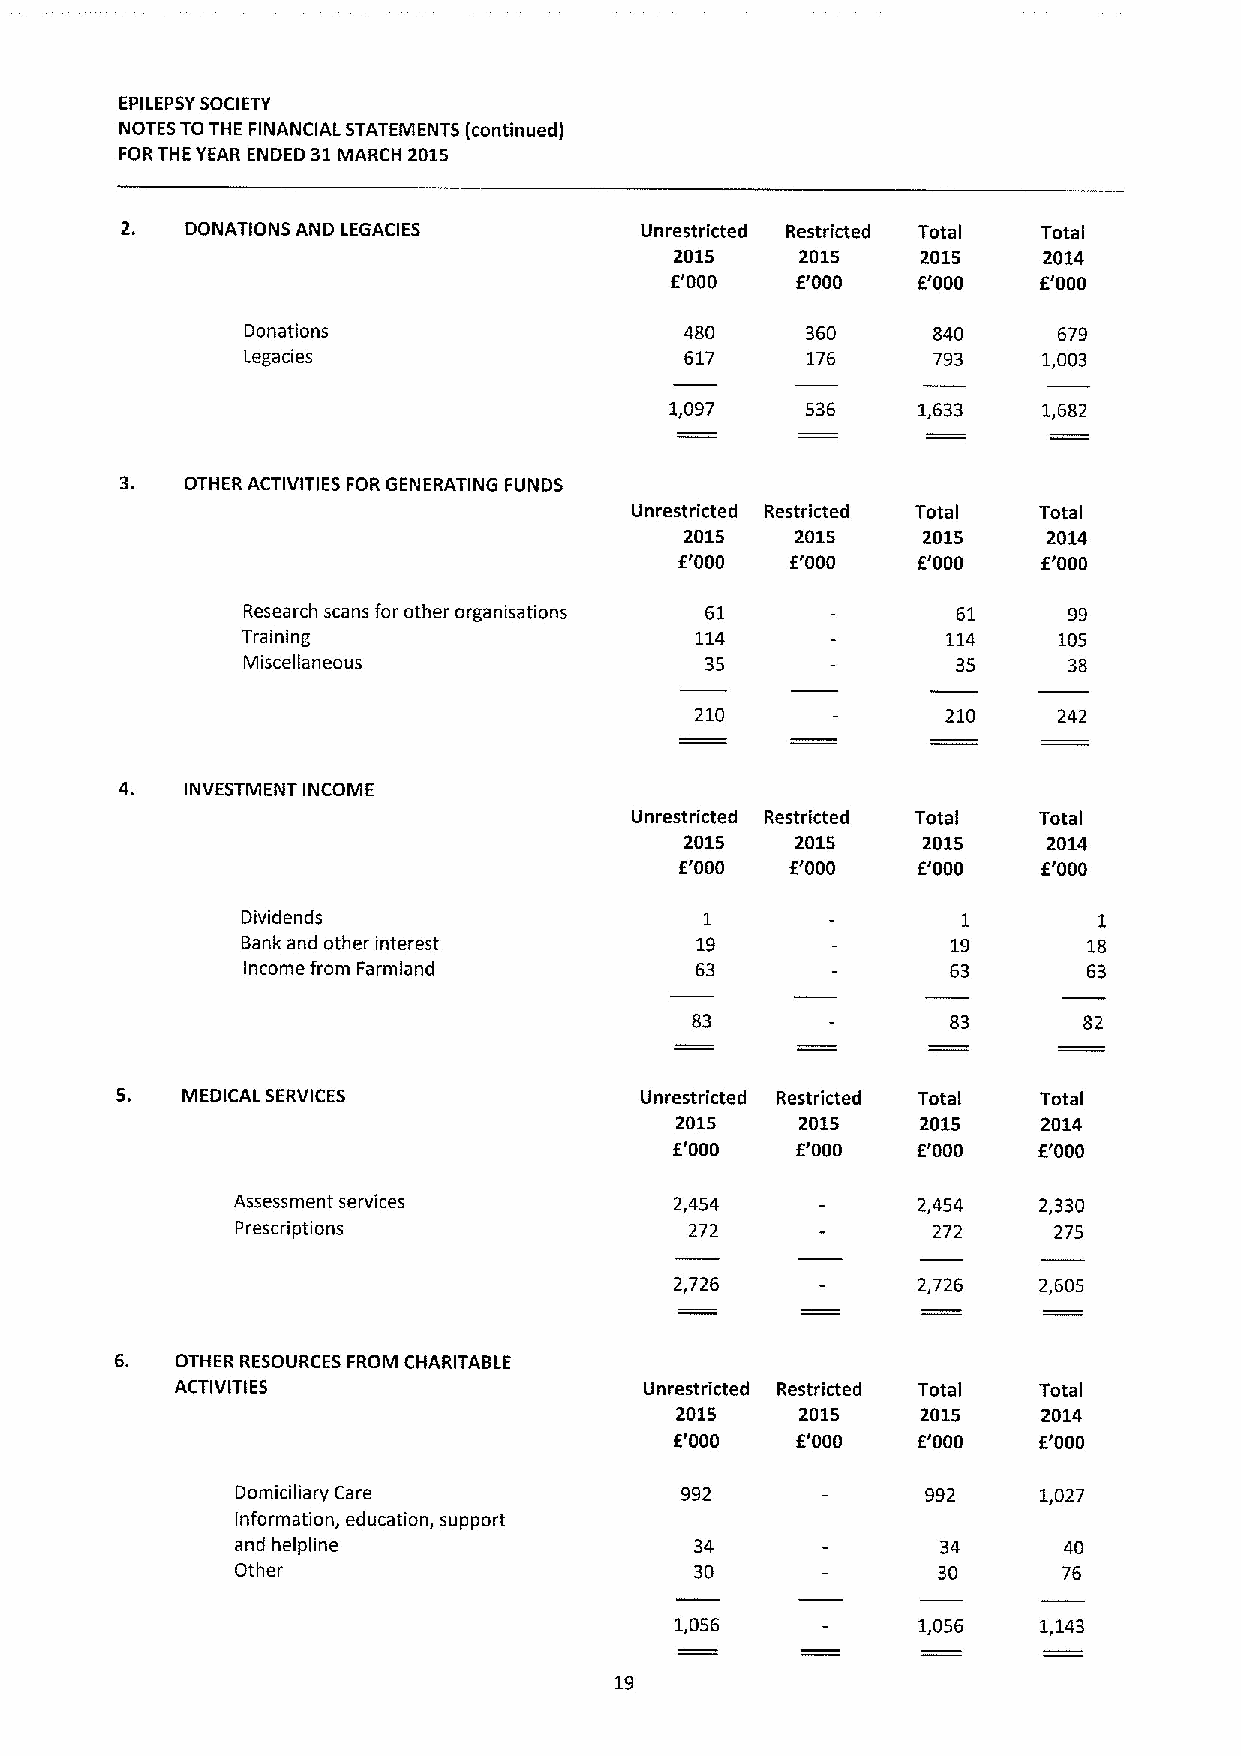
EPILEPSYSOCIETY
 NOTES TO THE FINANCIAL STATEMENTS (continued)
 FORTHE YEAR ENDED 31MARCH 2015
 2.  DONATIONS AND LEGACIES        Unrestricted Restricted Tota Tota
 I        I
 2015    2015    2015    2014
 f'000    f'000   E'000   f'000
 Donations                    480     360      840     679
 Legacies                     617     176      793    1,003
 1,097    536     1,633   1,682
 3.
 OTHER ACTIVITIES FOR GENERATING FUNDS
 Unrestricted Restricted Tota Total
 I
 2015    2015    2015    2014
 f'000  E'000    E'000   f'000
 Research scans for other organisations 61      61      99
 Training                      114              114    105
 Miscellaneous                  35              35      38
 210              210    242
 4.  INVESTMENT INCOME
 Unrestricted Restricted Total Total
 2015    2015    2015    2014
 f'000  f'000    E'000   f'000
 Dividends                      1                1        1
 Bank and other interest       19               19       18
 Income from Farmland          63               63       63
 83               83       82
 5.  MEDICAL SERVICES              Unrestricted Restricted Total Total
 2015    2015    2015    2014
 E'000   E'000   f'000   E'000
 Assessment services           2,454           2,454   2,330
 Prescriptions                 272             272     275
 2,726           2,726   2,605
 6.  OTHER RESOURCES FROM CHARITABLE
 ACTIVITIES                     Unrestricted Restricted Total Total
 2015    2015    2015    2014
 E'000   f'000   f'000   E'000
 Domiciliary Care             992             992     1,027
 Information, education, support
 and helpline                  34              34      40
 Other                         30              30      76
 1,056           1,056   1,143
 19